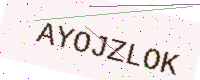
Text: AYOJZLOK